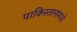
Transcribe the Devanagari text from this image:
पाकिस्तानांमध्ये